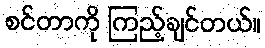
စင်တာကို ကြည့်ချင်တယ်။